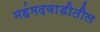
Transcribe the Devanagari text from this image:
महंमदवाडीतील